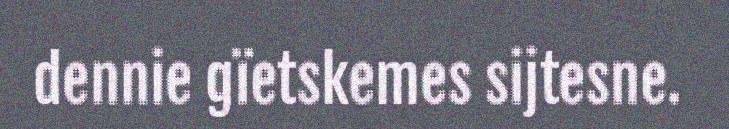
dennie gïetskemes sijtesne.